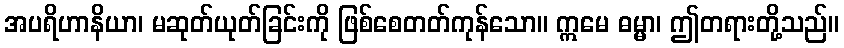
အပရိဟာနိယာ၊ မဆုတ်ယုတ်ခြင်းကို ဖြစ်စေတတ်ကုန်သော။ ဣမေ ဓမ္မာ၊ ဤတရားတို့သည်။